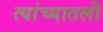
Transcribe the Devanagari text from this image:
त्यांच्यातली